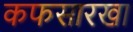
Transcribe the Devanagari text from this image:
कफसारखा